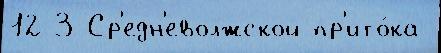
12-3 Ср'едн'еволжской пр'ито́ка